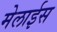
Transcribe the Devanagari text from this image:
मेलाईस